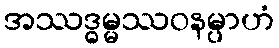
အဿဒ္ဓမ္မဿဝနမ္ပာဟံ